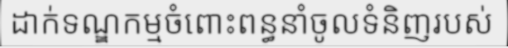
ដាក់ទណ្ឌកម្មចំពោះពន្ធនាំចូលទំនិញរបស់